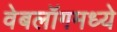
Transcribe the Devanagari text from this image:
वेबलॉगमध्ये